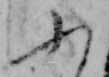
ふ